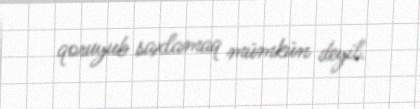
qoruyub saxlamaq mümkün deyil.